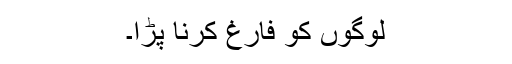
لوگوں کو فارغ کرنا پڑا۔